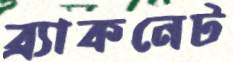
ব্র্যাকনেট